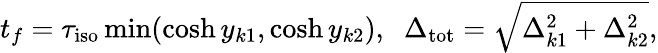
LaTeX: t_{f}=\tau_{\mathrm{iso}}\operatorname*{min}(\cosh y_{k1},\cosh y_{k2}),\; \; \Delta_{\mathrm{tot}}=\sqrt{\Delta_{k1}^{2}+\Delta_{k2}^{2}},